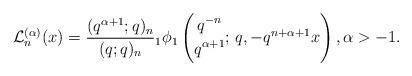
LaTeX: \begin{align*}\mathcal{L}^{(\alpha)}_n(x)=\frac{ (q^{\alpha+1};q)_n }{ (q;q)_n } {}_1\phi_1\left(\begin{gathered}q^{-n} \\ q^{ \alpha+1 }\end{gathered};\,q, -q^{n+\alpha+1}x \right), \alpha>-1.\end{align*}